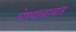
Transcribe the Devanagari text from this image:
घेण्याबाबत